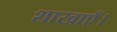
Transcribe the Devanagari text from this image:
शाखाएँ।